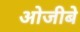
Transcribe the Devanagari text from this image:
ओजीबे